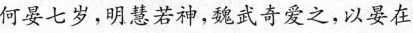
何晏七岁，明慧若神，魏武奇爱之，以晏在